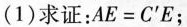
(1)求证：$$A E = C ^ { \prime } E$$；